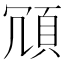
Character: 𩑜